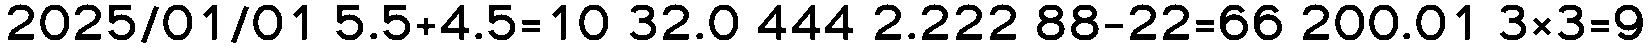
2025/01/01 5.5+4.5=10 32.0 444 2.222 88-22=66 200.01 3×3=9